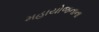
મહાયોજનાના